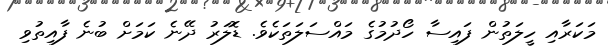
މަކަރާއި ހީލަތުން ފައިސާ ހޯދުމުގެ މައްސަލަތަކެވެ. ޑޮލަރު ދޭނެ ކަމަށް ބުނެ ފާއިތުވި